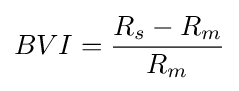
BVI={\frac {R_{s}-R_{m}}{R_{m}}}